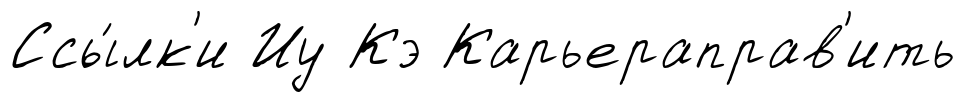
Ссы́лк'и Иу Кэ Карьераправ'ить